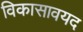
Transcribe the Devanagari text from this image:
विकासावयद